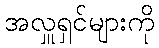
အလှူရှင်များကို